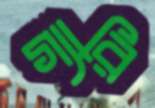
গ্যারি